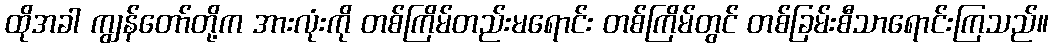
ထိုအခါ ကျွန်တော်တို့က အားလုံးကို တစ်ကြိမ်တည်းမရောင်း တစ်ကြိမ်တွင် တစ်ခြမ်းစီသာရောင်းကြသည်။